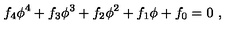
f _ { 4 } \phi ^ { 4 } + f _ { 3 } \phi ^ { 3 } + f _ { 2 } \phi ^ { 2 } + f _ { 1 } \phi + f _ { 0 } = 0 \ ,